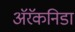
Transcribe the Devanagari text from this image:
अॅरॅकनिडा